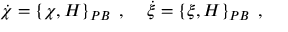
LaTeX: { \dot { \chi } } = \left\{ \chi , H \right\} _ { P B } \; , \; \; \; \; { \dot { \xi } } = \left\{ \xi , H \right\} _ { P B } \; ,